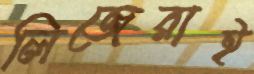
লিজেরাই